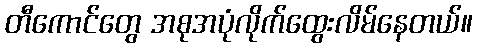
တီကောင်တွေ အစုအပုံလိုက်ထွေးလိမ်နေတယ်။